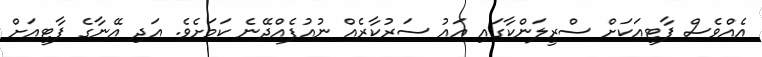
އެއްވެސް ޕާޓީއަކަށް ސްރީލަންކާގައި އައު ސަރުކާރެއް ނުއުފެއްދޭނެ ކަމަށެވެ. އަދި އޭނާގެ ޕާޓީއަށް